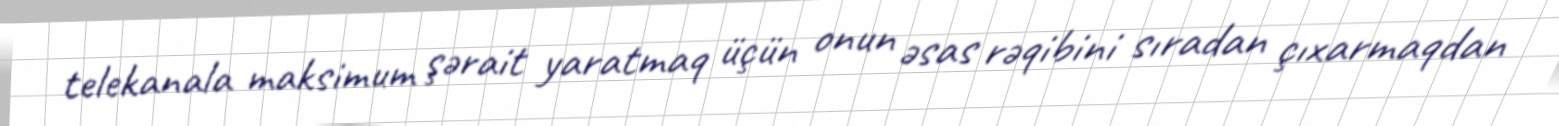
telekanala maksimum şərait yaratmaq üçün onun əsas rəqibini sıradan çıxarmaqdan